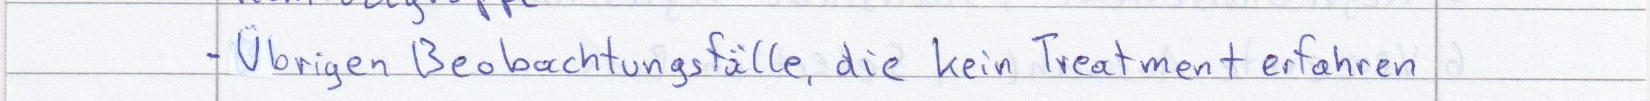
- Übrigen Beobachtungsfälle, die kein Treatment erfahren